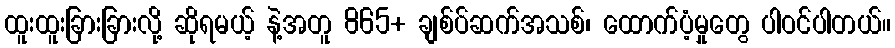
ထူးထူးခြားခြားလို့ ဆိုရမယ့် နဲ့အတူ 865+ ချစ်ပ်ဆက်အသစ်၊ ထောက်ပံ့မှုတွေ ပါဝင်ပါတယ်။